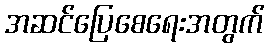
အဆင်ပြေစေရေးအတွက်